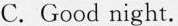
C. Good night.